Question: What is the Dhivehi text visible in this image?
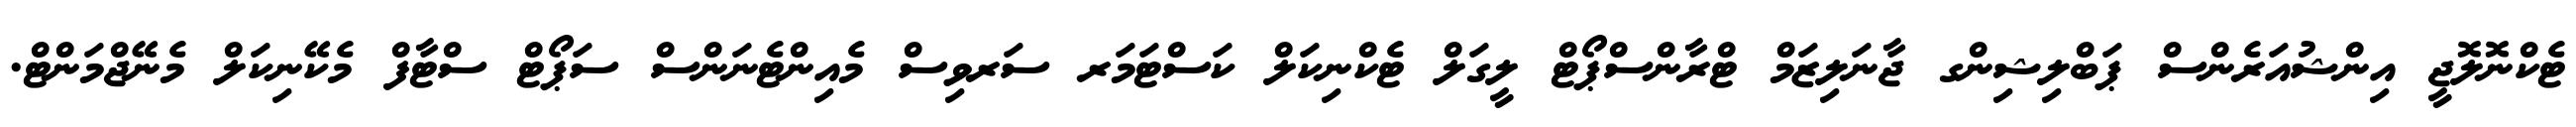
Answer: ޓެކްނޮލޮޖީ އިންޝުއަރެންސް ޕަބްލިޝިންގ ޖާނަލިޒަމް ޓްރާންސްޕޯޓް ލީގަލް ޓެކްނިކަލް ކަސްޓަމަރ ސަރވިސް މެއިންޓެނަންސް ސަޕޯޓް ސްޓާފް މެކޭނިކަލް މެނޭޖްމަންޓް.